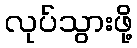
လုပ်သွားဖို့